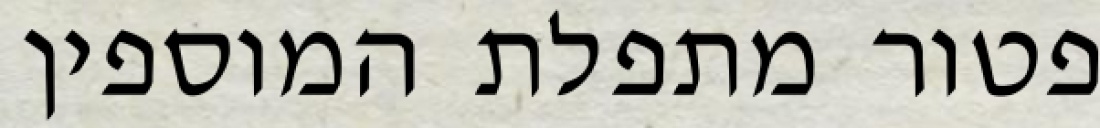
פטור מתפלת המוספין